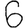
Digit: 6